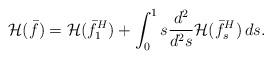
LaTeX: \begin{align*}\mathcal{H}(\bar f)=\mathcal{H}(\bar f_1^H)+\int_0^1s\frac{d^2}{d^2s}\mathcal{H}(\bar f_s^H)\,ds.\end{align*}